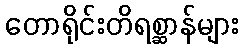
တောရိုင်းတိရစ္ဆာန်များ